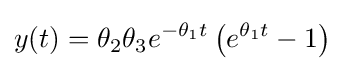
y(t)=\theta _{2}\theta _{3}e^{-\theta _{1}t}\left(e^{\theta _{1}t}-1\right)